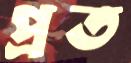
প্রত